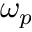
\omega _ { p }